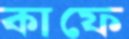
কাফে